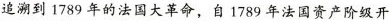
追溯到1789年的法国大革命，自1789年法国资产阶级开